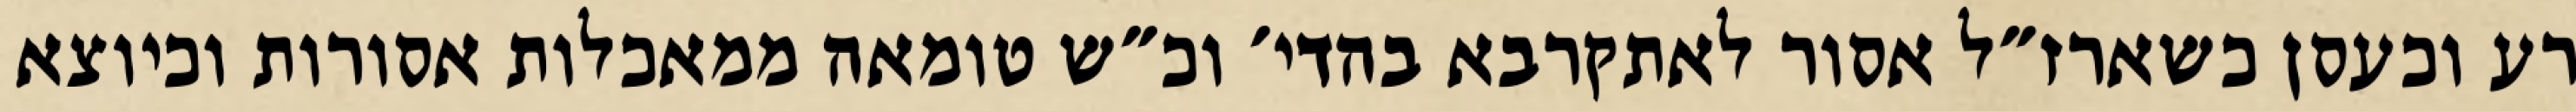
רע וכעסן כשארז״ל אסור לאתקרבא בהדי׳ וכ״ש טומאה ממאכלות אסורות וכיוצא